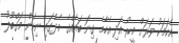
އެކަމަކު ވަރަށް މީރު އަދި އެހާމެ ގިނަ ބައެއްގެ މެދުގައި ނިކަން މަގްބޫލު